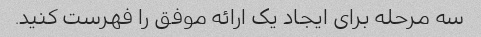
سه مرحله برای ایجاد یک ارائه موفق را فهرست کنید.